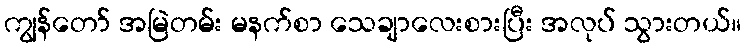
ကျွန်တော် အမြဲတမ်း မနက်စာ သေချာလေးစားပြီး အလုပ် သွားတယ်။